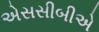
એસસીબીએ